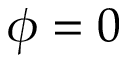
\phi = 0